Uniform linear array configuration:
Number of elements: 12
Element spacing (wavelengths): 1
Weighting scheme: blackman
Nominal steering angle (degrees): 60
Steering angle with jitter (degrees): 60.096
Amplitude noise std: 0.05
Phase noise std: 0.05

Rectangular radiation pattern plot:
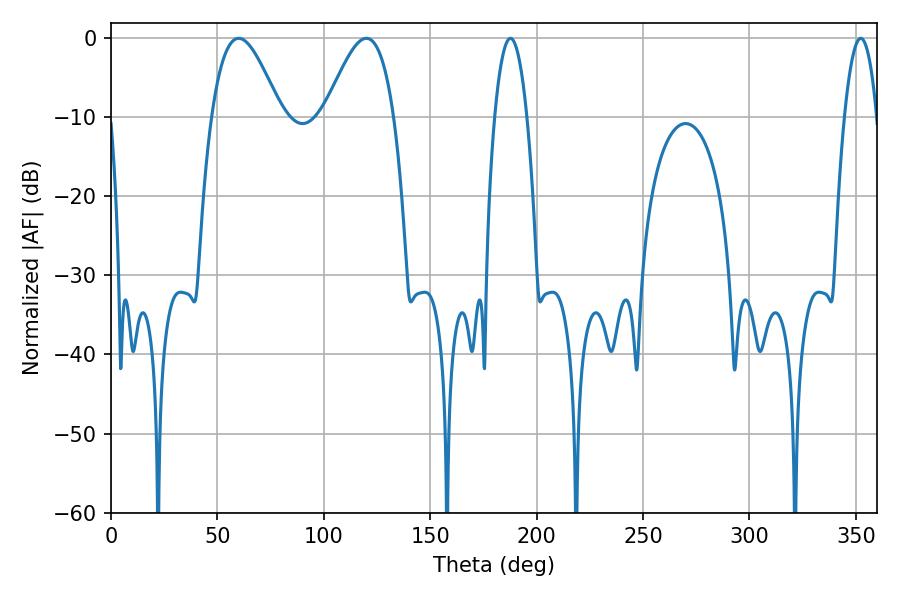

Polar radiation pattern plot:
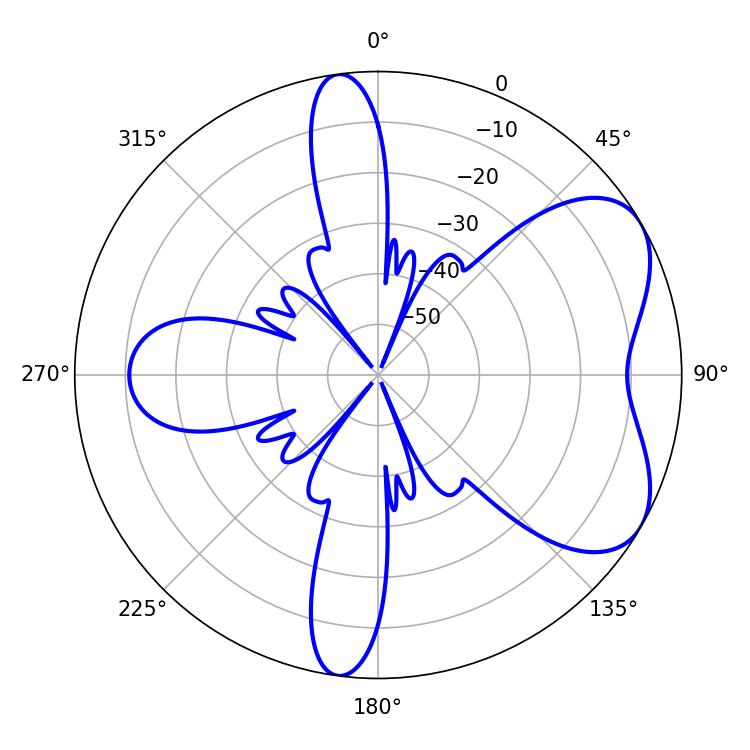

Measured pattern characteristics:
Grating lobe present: TRUE
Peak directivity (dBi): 5.716
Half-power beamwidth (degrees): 17.46
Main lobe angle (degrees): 59.94